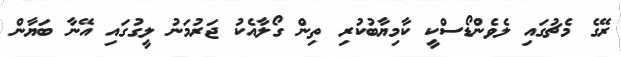
ރޭގެ މެޗުގައި ލެވެންޑޯސްކީ ކާމިޔާބުކުރި ތިން ގޯލާއެކު ޖަރުމަނު ލީގުގައި އޭނާ ބަޔާން